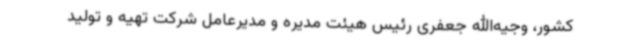
کشور، وجیه‌الله جعفری رئیس هیئت مدیره و مدیرعامل شرکت تهیه و تولید